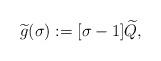
LaTeX: \begin{align*}\widetilde g(\sigma) : = [\sigma-1]\widetilde Q,\end{align*}